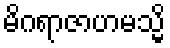
မိဂရာဇာဟမသ္မိ